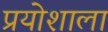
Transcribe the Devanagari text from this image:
प्रयोशाला